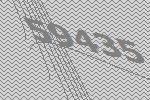
59435